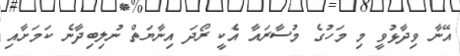
އޭނާ ވިދާޅުވީ މި މަހުގެ މުސާރައާ އެކީ ރޯދަ އިނާޔަތް ނުލިބިދާނެ ކަމަށާއި